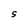
Character: S